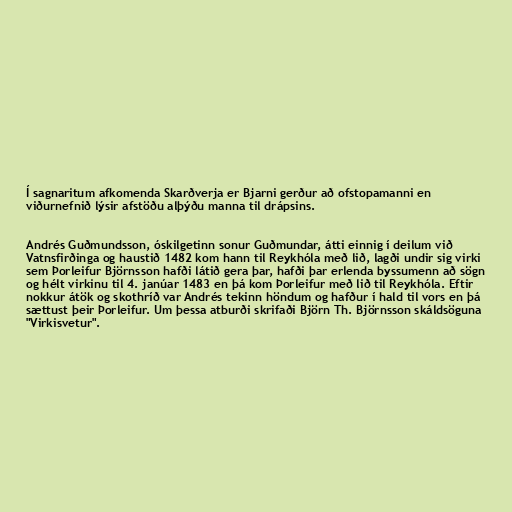
Í sagnaritum afkomenda Skarðverja er Bjarni gerður að ofstopamanni en
viðurnefnið lýsir afstöðu alþýðu manna til drápsins.

Andrés Guðmundsson, óskilgetinn sonur Guðmundar, átti einnig í deilum við
Vatnsfirðinga og haustið 1482 kom hann til Reykhóla með lið, lagði undir sig virki
sem Þorleifur Björnsson hafði látið gera þar, hafði þar erlenda byssumenn að sögn
og hélt virkinu til 4. janúar 1483 en þá kom Þorleifur með lið til Reykhóla. Eftir
nokkur átök og skothríð var Andrés tekinn höndum og hafður í hald til vors en þá
sættust þeir Þorleifur. Um þessa atburði skrifaði Björn Th. Björnsson skáldsöguna
"Virkisvetur".